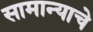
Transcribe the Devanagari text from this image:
सामान्याचे